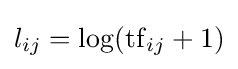
l_{ij}=\log(\mathrm {tf} _{ij}+1)